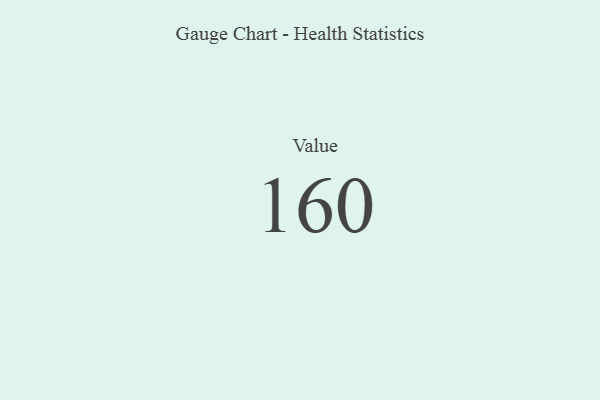
{"axis": {"x": "Metric", "y": "Value"}, "legend": [""], "data": [{"x": "Value", "y": 160, "type": ""}]}